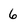
Character: 6